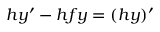
h y ^ { \prime } - h f y = ( h y ) ^ { \prime }